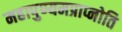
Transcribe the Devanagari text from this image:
महापुण्यमप्राप्नोति